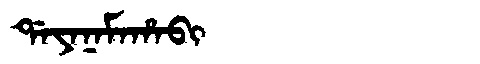
Manchu: ᡩᠠᠶᠠᠨᠠᠮᠠᡥᠠᠪᡳ
Romanization: DAYANAMAHABI